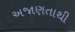
અજાણતાથી